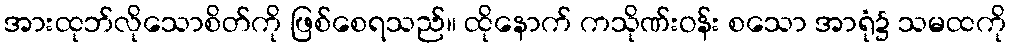
အားထုဘ်လိုသောစိတ်ကို ဖြစ်စေရသည်။ ထိုနောက် ကသိုဏ်းဝန်း စသော အာရုံ၌ သမထကို